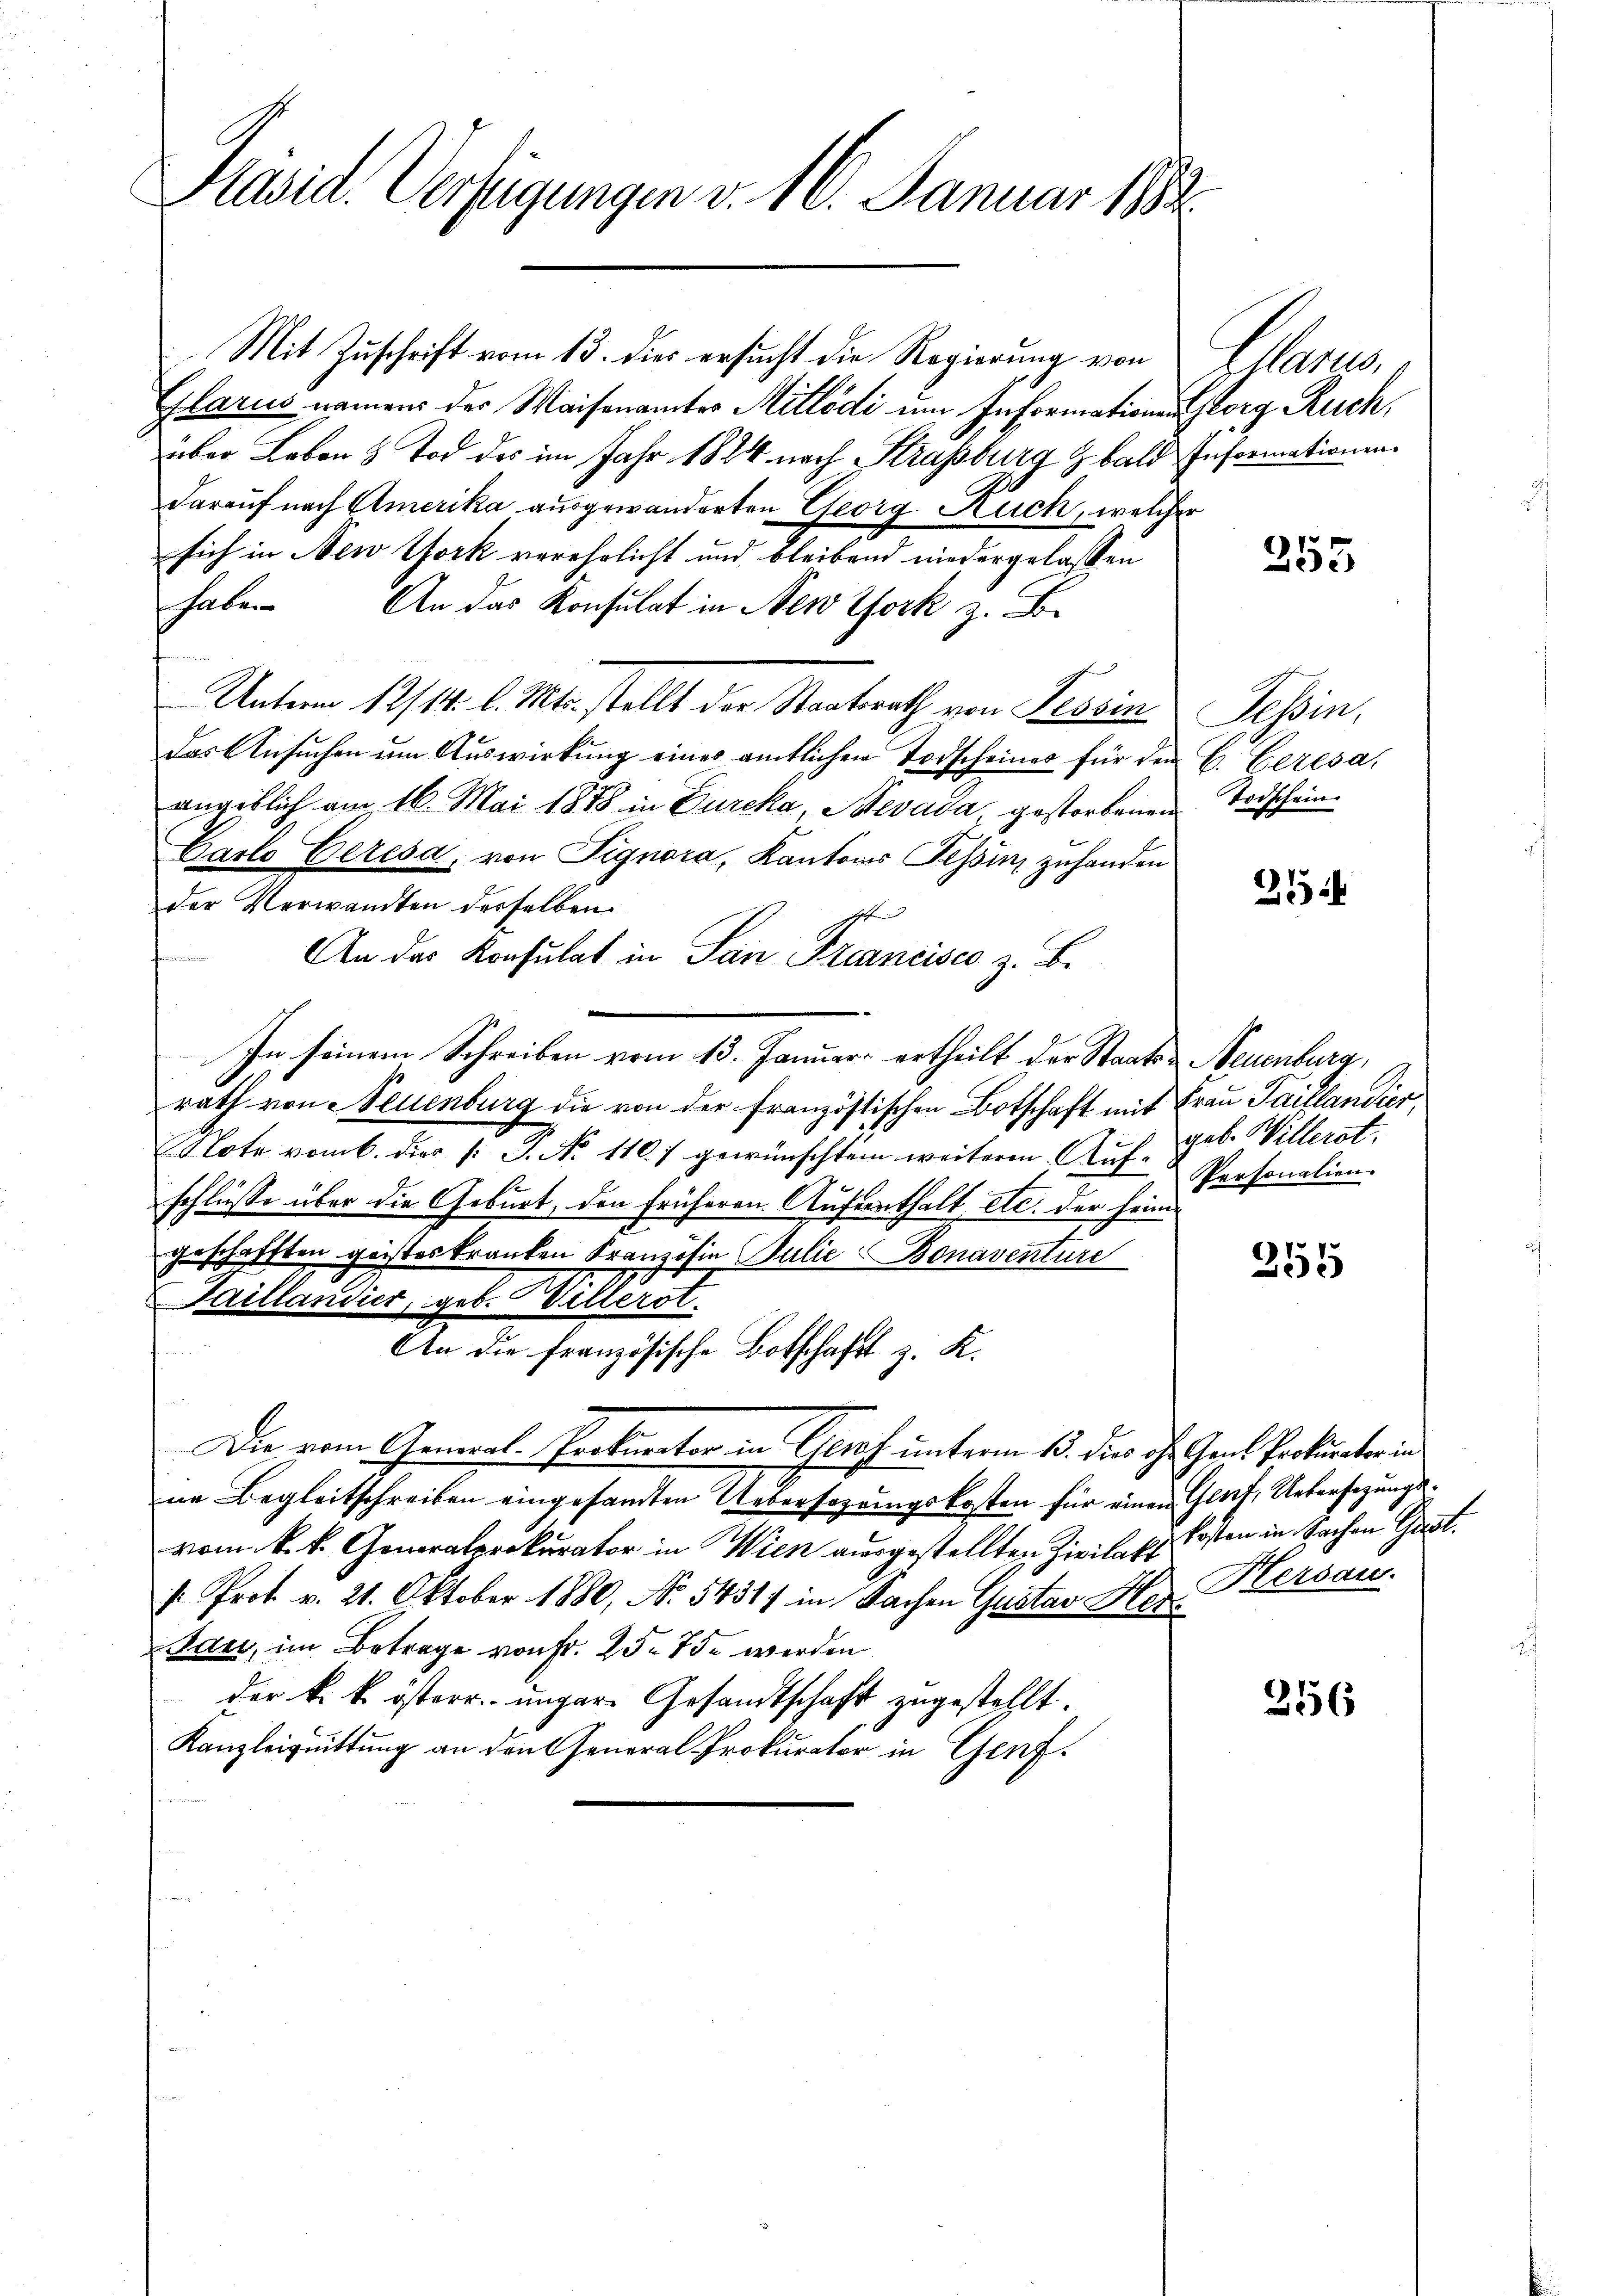
Präsid. Verfügungen v. 16. Januar 18

Mit Zuschrift vom 13. dies ersucht die Regierung von
Glarus namens der Waisenamtes Millödi um Informationen Georg Ruch;
über Leben & Tod des im Jahr 1824 nach Strassburg Z bald Informationen
darauf nach Amerika ausgewanderten Georg Kuch, welcher
sich in New York verehrlicht und bleibend niedergelassen
haben. An das Konsulat in New York z. B.
Unterm 12/14. l. Mts. stellt der Staatsrath von Tessin
das Ansuchen um Auswirkung eines amtlichen Todscheines für den C. Ceresa,
angeblich am 16. Mai 1878 in Durcka, Mevada, gestorbenen Todschein¬
Carlo Eeresa, von Fignora, Kantons Tessin zuhanden
der Verwandten derselben
An das Konsulat in San Francisco z. B.
In seinem Schreiben vom 13. Januar ertheilt der Staats- & Neuenburg,
rath von Neuenburg die von der französtischen Botschaft mit Frau Saitlandier,
Note vom 6. dies /: J. No 110.) gewünschtem weiteren Aufschlüsse über die Geburt, den früheren Aufenthalt etc. der heim
geschafften geisteskranken Kranzisie Julie Bonaventure
Faillandier, geb. Villerot.
An die französische Botschaft z. K.
Die vom General-Prokurator in Graf unterm 15. dies dh. Genf Prokurater in
ne Begleitschreiben eingesamten Uebersagungskosten für einen Genf, Uebersezungsvom k. k. Generalprokurator in Wien ausgestellten Zivile Er kosten in Sachen Geist.
/: Prot. v. 21. Oktober 1880, No 54317 in Sachen Gustav Herdan, im Betrage von Fr. 25. 75. werden
der k. k. österr. ungere Gesandtschaft zugestellt.
Kanzleiquittung an den General Prokurator in Genf.

Glarus,

253

Tessin,

254

geb. Willerst.
Personalien.

355

Hersau.

256